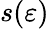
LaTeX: s(\varepsilon)